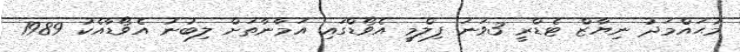
މުޙައްމަދު ނިޔާޒް ޓެޑްރީ 3ވަނަ ފިލްމީ އެވޯޑްގައި އަމާނާތަށް ލިބުނު އެވޯޑާއެކު 1989